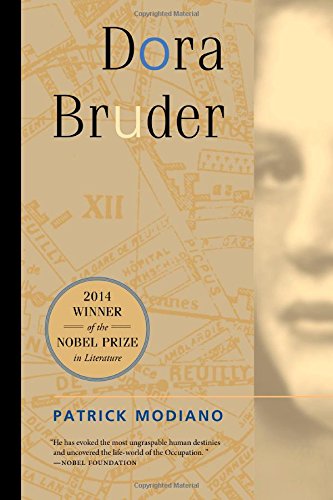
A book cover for Dora Bruder; Patrick Modiano; Religion & Spirituality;